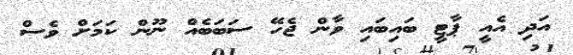
އަދި އެއީ ޕާޓީ ބައިބައި ވާން ޖެހޭ ސަބަބެއް ނޫން ކަމަށް ވެސް